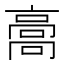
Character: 𩫌